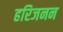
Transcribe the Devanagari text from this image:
हरिजनन